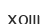
хош